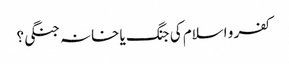
کفر و اسلام کی جنگ یا خانہ جنگی؟